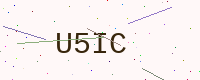
Text: U5IC